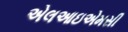
એલઆઇએમસી